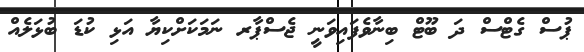
ޕުސް ގެޓްސް ދަ ބޫޓް ބިނާވެފައިވަނީ ޖެސްޕާރ ނަމަކަށްކިޔާ އަޅި ކުޑަ ބުޅަލެއް